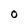
Character: 0